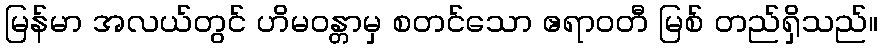
မြန်မာ အလယ်တွင် ဟိမဝန္တာမှ စတင်သော ဧရာဝတီ မြစ် တည်ရှိသည်။